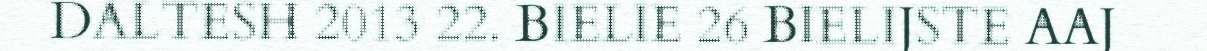
DALTESH 2013 22. BIELIE 26 BIELIJSTE AAJ